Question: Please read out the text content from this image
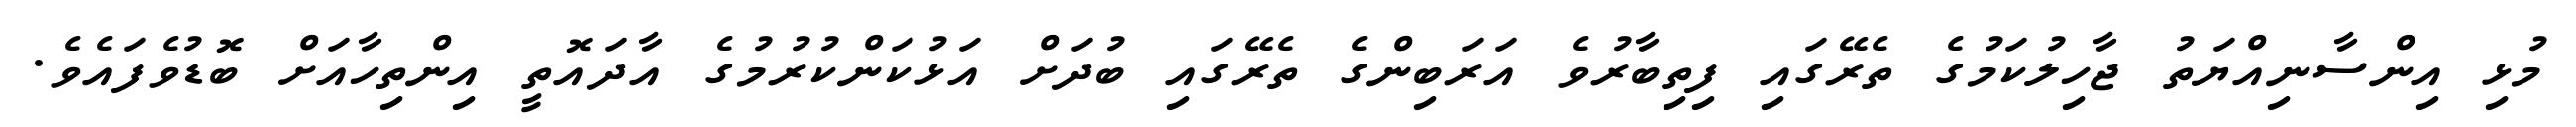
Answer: މުޅި އިންސާނިއްޔަތު ޖާހިލުކަމުގެ ތެރޭގައި ފިތިބާރުވެ އަރަބިންގެ ތެރޭގައި ބުދަށް އަޅުކަންކުރުމުގެ އާދައޮތީ އިންތިހާއަށް ބޮޑުވެފައެވެ.